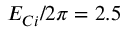
E _ { C i } / 2 \pi = 2 . 5